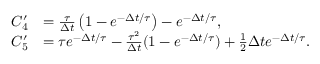
\begin{array} { r l } { C _ { 4 } ^ { \prime } } & { = \frac { \tau } { \Delta t } \left( 1 - e ^ { - \Delta t / \tau } \right) - e ^ { - \Delta t / \tau } , } \\ { C _ { 5 } ^ { \prime } } & { = \tau e ^ { - \Delta t / \tau } - \frac { \tau ^ { 2 } } { \Delta t } ( 1 - e ^ { - \Delta t / \tau } ) + \frac 1 2 \Delta t e ^ { - \Delta t / \tau } . } \end{array}